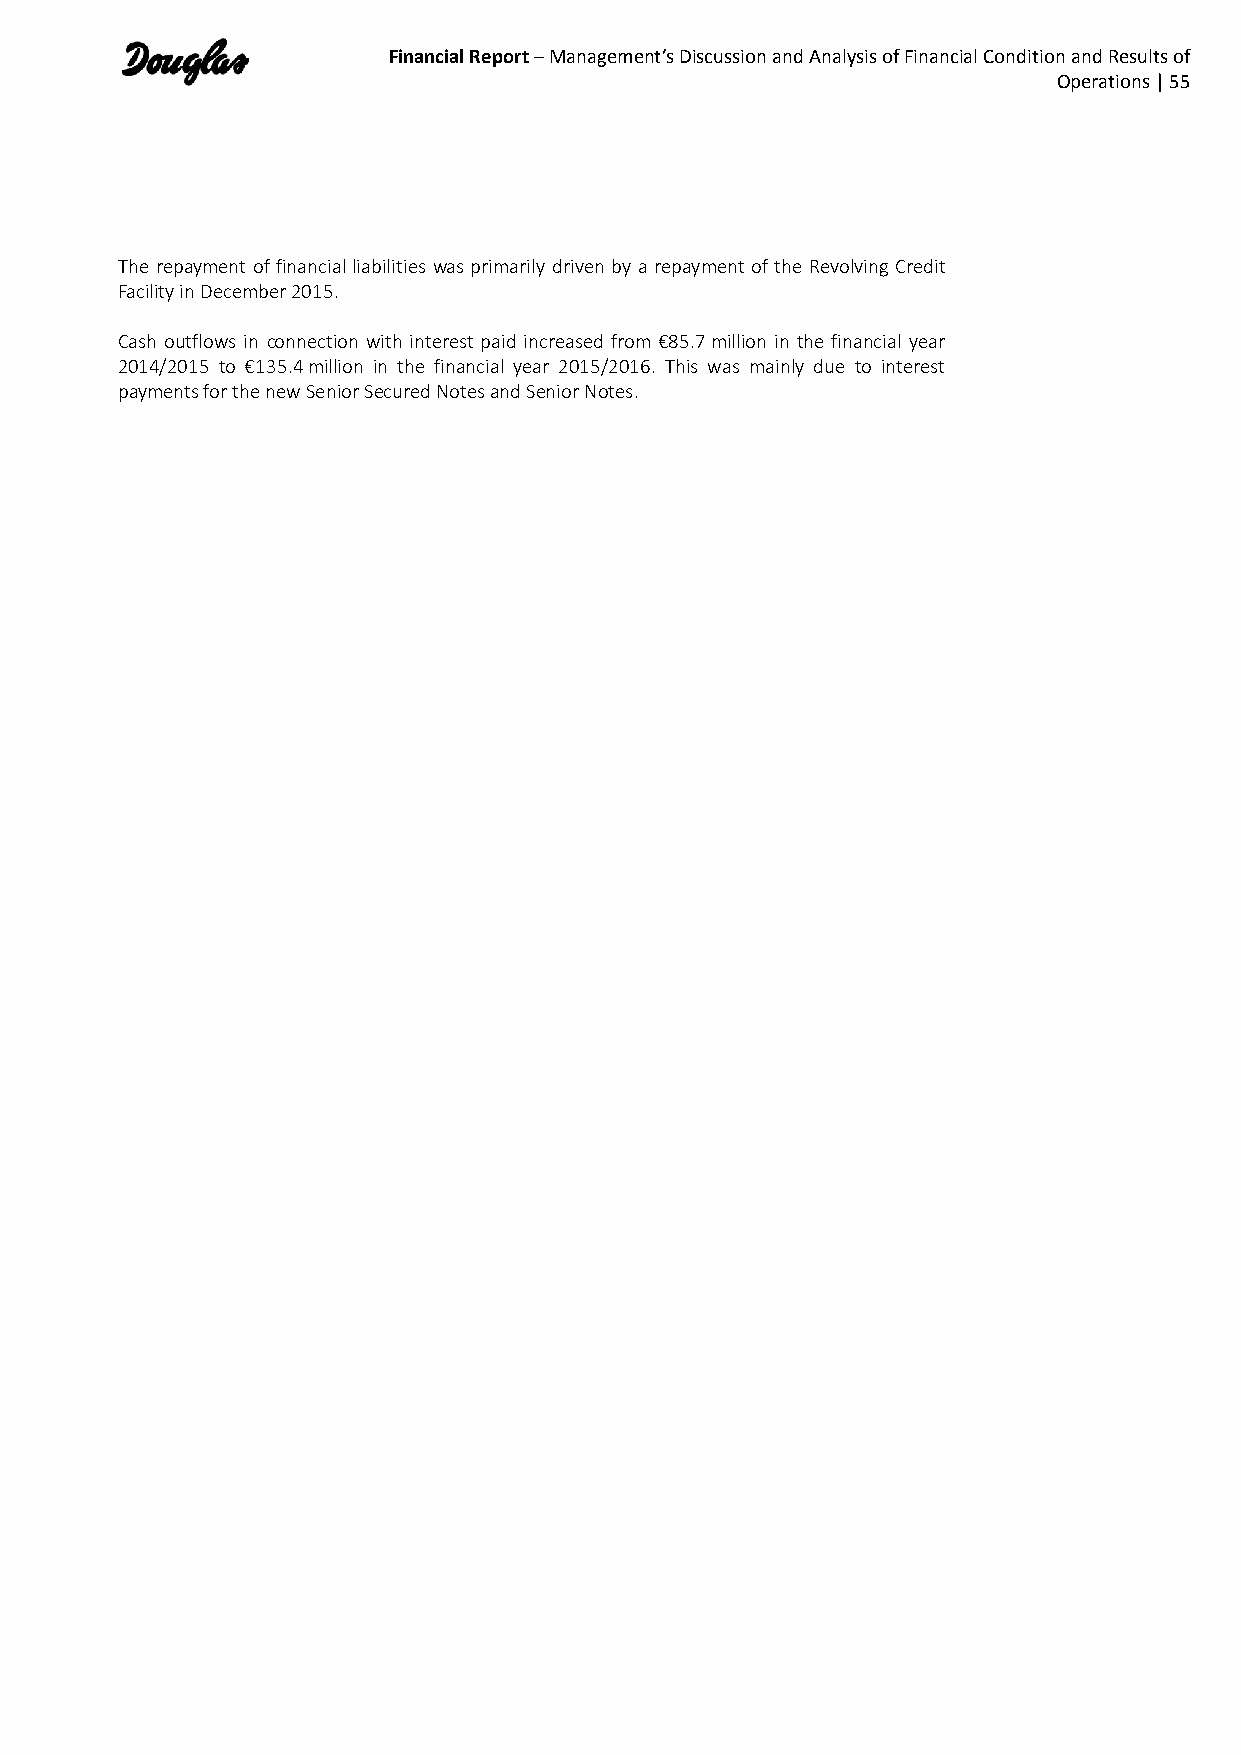
Financial Report – Management’s Discussion and Analysis of Financial Condition and Results of
 Operations | 55
 The repayment of financial liabilities was primarily driven by a repayment of the Revolving Credit
 Facility in December 2015.
 Cash outflows in connection with interest paid increased from €85.7 million in the financial year
 2014/2015 to €135.4 million in the financial year 2015/2016. This was mainly due to interest
 payments for the new Senior Secured Notes and Senior Notes.